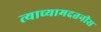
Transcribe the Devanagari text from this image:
त्याच्यामदतनीस